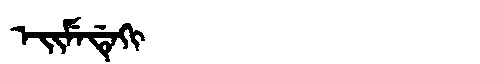
Manchu: ᡝᡳᠮᡝᡩᡝᡴᡳ
Romanization: EIMEDEKI